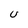
Character: u